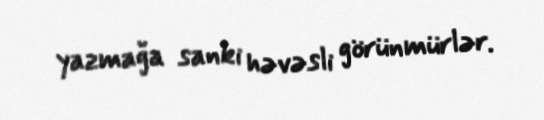
yazmağa sanki həvəsli görünmürlər.